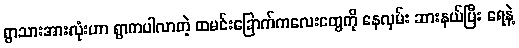
ရွာသားအားလုံးဟာ ရွာကပါလာတဲ့ ထမင်းခြောက်ကလေးတွေကို နေလှမ်း ဆားနယ်ပြီး ရေနဲ့